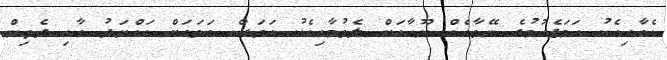
އެއާއިއެކު ހަމަޖެހުމުގެ ނޭވާއެއް ޔޫހާއަށް ލެވުމާއިއެކު އަވަސް އަވަހަށް އައްޔަދު އާއި ދެތިން